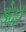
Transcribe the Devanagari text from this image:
इंदुरे